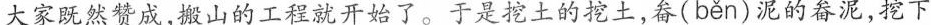
大家既然赞成，搬山的工程就开始了。于是挖土的挖土，畚( běn )泥的春泥，挖下